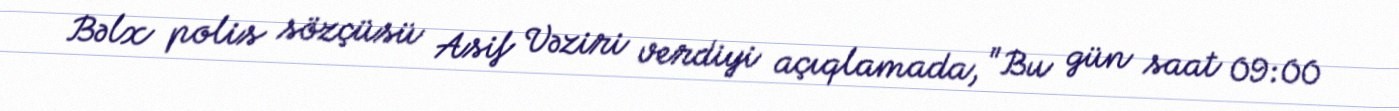
Bəlx polis sözçüsü Asif Vəziri verdiyi açıqlamada, "Bu gün saat 09:00